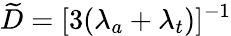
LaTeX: \widetilde D=[3(\lambda_{a}+\lambda_{t})]^{-1}